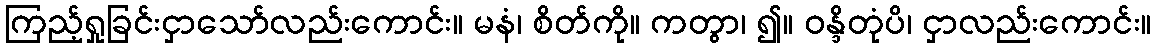
ကြည့်ရှုခြင်းငှာသော်လည်းကောင်း။ မနံ၊ စိတ်ကို။ ကတွာ၊ ၍။ ဝန္ဒိတုံပိ၊ ငှာလည်းကောင်း။